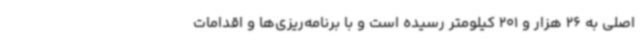
اصلی به 26 هزار و 201 کیلومتر رسیده است و با برنامه‌ریزی‌ها و اقدامات